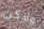
ولاكن